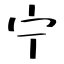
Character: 宁